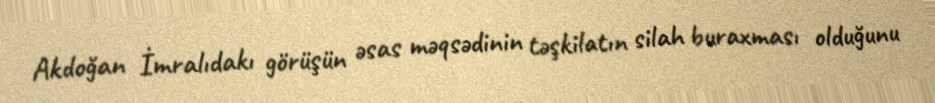
Akdoğan İmralıdakı görüşün əsas məqsədinin təşkilatın silah buraxması olduğunu